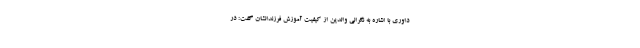
داوری با اشاره به نگرانی والدین از کیفیت آموزش فرزندانشان گفت: در